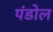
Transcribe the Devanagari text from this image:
पंडोल